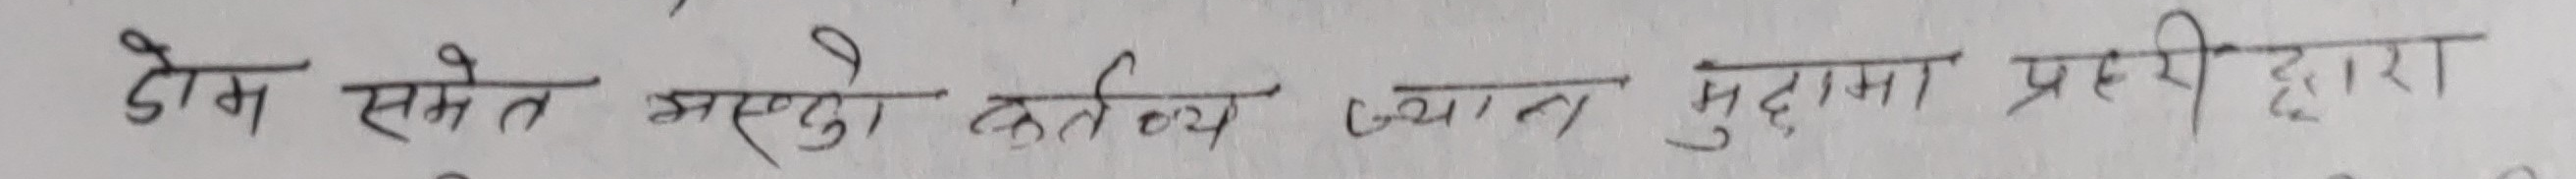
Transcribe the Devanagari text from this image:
डोम समेत मर्सडो कर्तव्य ज्यान मुद्दामा प्रहरी द्वारा